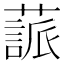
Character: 𦽤